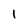
Character: 1